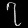
Digit: ၇